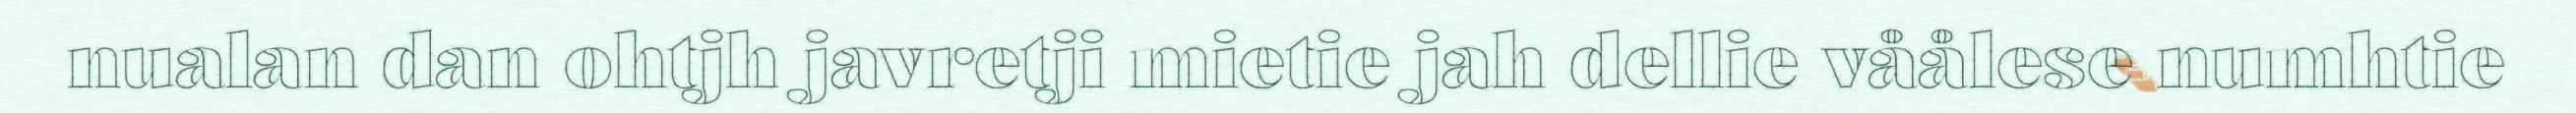
nualan dan ohtjh javretji mietie jah dellie våålese numhtie